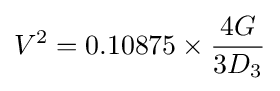
V^{2}=0.10875\times {\frac {4G}{3D_{3}}}